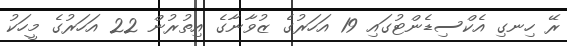
ރޭ ހިނގި އެކްސިޑެންޓުގައި 19 އަހަރުގެ ޒުވާނާގެ އިތުރުން 22 އަހަރުގެ މީހަކު